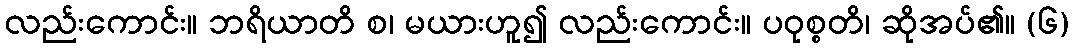
လည်းကောင်း။ ဘရိယာတိ စ၊ မယားဟူ၍ လည်းကောင်း။ ပဝုစ္စတိ၊ ဆိုအပ်၏။ (၆)